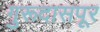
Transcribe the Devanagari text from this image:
गुरूदासपूर